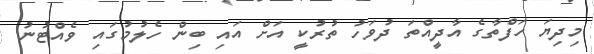
މިދިޔަ ހަފްތާގެ އާދީއްތަ ދުވަހު ތުރުކީ އަށް އައި ބިން ހެލުމުގައި ވެއްޓުނު